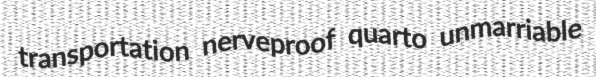
transportation nerveproof quarto unmarriable